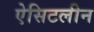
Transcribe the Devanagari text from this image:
ऐसिटलीन